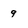
Character: 9